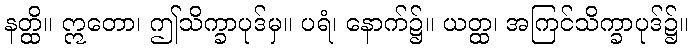
နတ္ထိ။ ဣတော၊ ဤသိက္ခာပုဒ်မှ။ ပရံ၊ နောက်၌။ ယတ္ထ၊ အကြင်သိက္ခာပုဒ်၌။